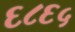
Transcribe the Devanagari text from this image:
६८६५